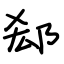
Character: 郄